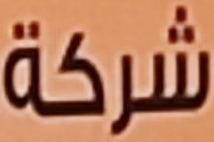
شركة